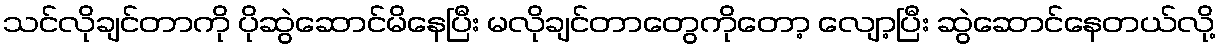
သင်လိုချင်တာကို ပိုဆွဲဆောင်မိနေပြီး မလိုချင်တာတွေကိုတော့ လျော့ပြီး ဆွဲဆောင်နေတယ်လို့